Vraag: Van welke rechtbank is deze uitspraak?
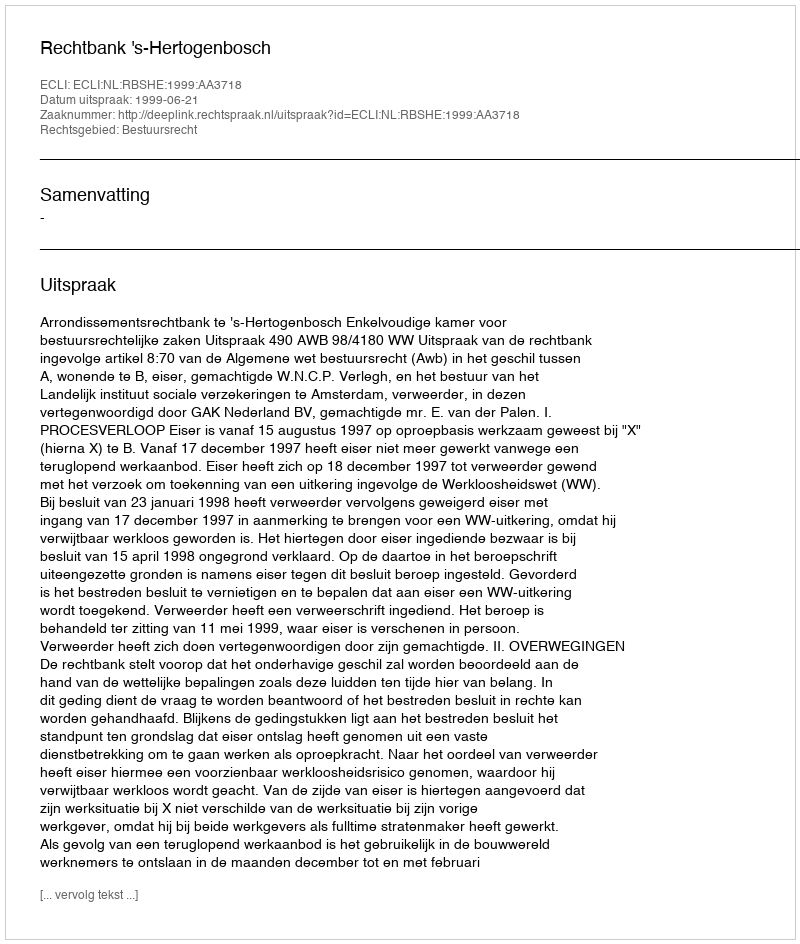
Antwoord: Rechtbank 's-Hertogenbosch